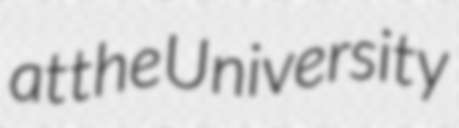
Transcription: at the University